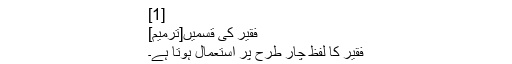
[1]
فقیر کی قسمیں[ترمیم]
فقیر کا لفظ چار طرح پر استعمال ہوتا ہے۔